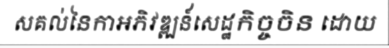
សគល់នៃកាអភិវឌ្ឍន៍សេដ្ឋកិច្ចចិន ដោយ